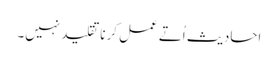
احادیث اُتے عمل کرنا تقلید نہیں۔